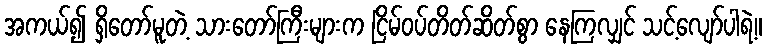
အကယ်၍ ရှိတော်မူတဲ့ သားတော်ကြီးများက ငြိမ်ဝပ်တိတ်ဆိတ်စွာ နေကြလျှင် သင့်လျော်ပါရဲ့။